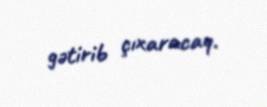
gətirib çıxaracaq.